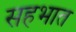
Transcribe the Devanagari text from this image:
सहभात